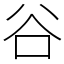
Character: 谷